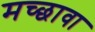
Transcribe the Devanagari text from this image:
मच्छावा